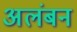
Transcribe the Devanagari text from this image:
अलंबन